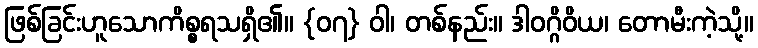
ဖြစ်ခြင်းဟူသောကိစ္စရသရှိ၏။ {၀၇} ဝါ၊ တစ်နည်း။ ဒါဝဂ္ဂိဝိယ၊ တောမီးကဲ့သို့။